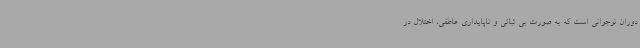
دوران نوجوانی است که به صورت بی ثباتی و ناپایداری عاطفی، اختلال در